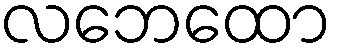
လဘေထော